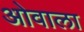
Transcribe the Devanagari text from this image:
ओवाला